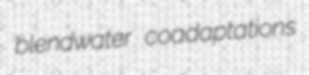
blendwater coadaptations